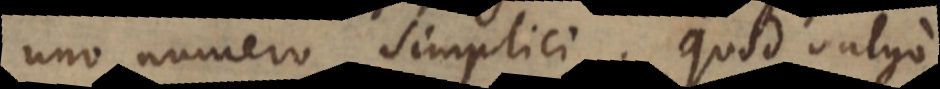
uno numero simplici. Quod vulgo